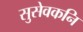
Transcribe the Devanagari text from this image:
सुसेवकनि